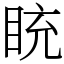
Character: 𥅻